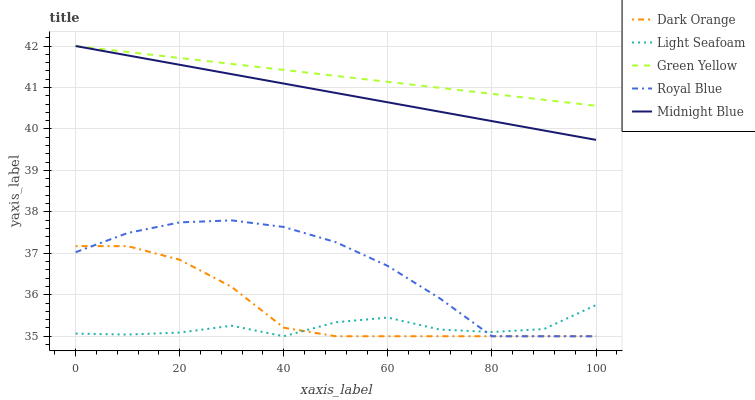
| xaxis_label | Dark Orange | Light Seafoam | Green Yellow | Royal Blue | Midnight Blue |
 | --- | --- | --- | --- | --- | --- |
 | 0 | 37.2 | 35.1 | 42 | 37 | 42 |
 | 10 | 37.2 | 35 | 41.9 | 37.5 | 41.8 |
 | 20 | 36.8 | 35.1 | 41.7 | 37.7 | 41.5 |
 | 30 | 36.2 | 35.3 | 41.6 | 37.8 | 41.3 |
 | 40 | 35.2 | 35 | 41.4 | 37.6 | 41.1 |
 | 50 | 35 | 35.3 | 41.3 | 37.3 | 40.9 |
 | 60 | 35 | 35.5 | 41.1 | 36.7 | 40.6 |
 | 70 | 35 | 35.2 | 41 | 35.9 | 40.4 |
 | 80 | 35 | 35.1 | 40.8 | 35 | 40.2 |
 | 90 | 35 | 35.2 | 40.7 | 35 | 40 |
 | 100 | 35 | 35.8 | 40.6 | 35 | 39.7 |